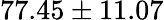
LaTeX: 77.45\pm 11.07